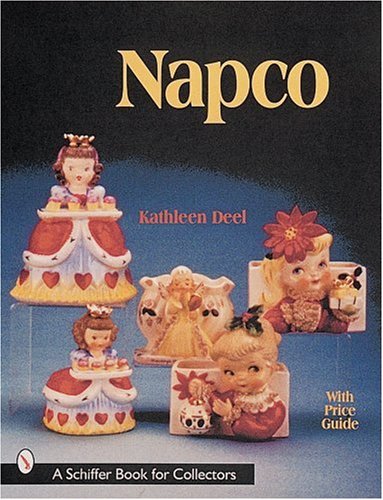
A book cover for Napco ( A Schiffer Book for Collectors); Kathleen Deel; Crafts, Hobbies & Home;